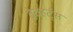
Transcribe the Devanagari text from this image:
ब्रेवहर्ट्स